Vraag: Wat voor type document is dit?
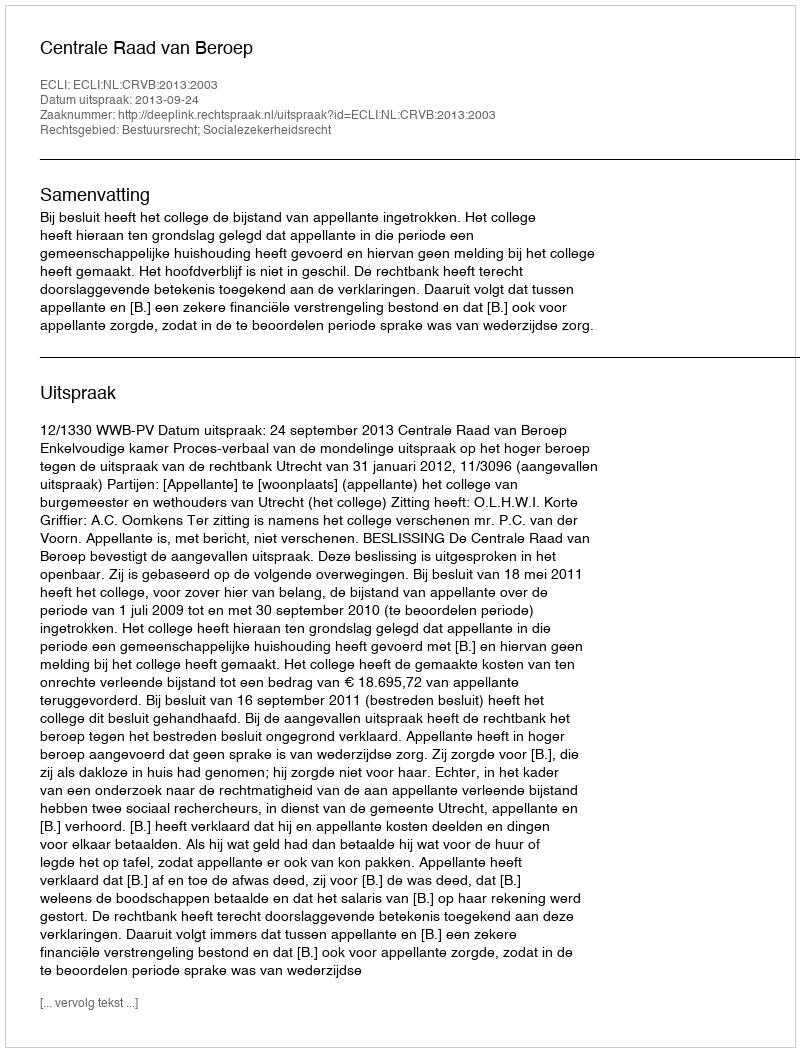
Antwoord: Uitspraak